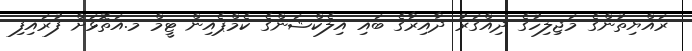
ރައްޔިތުންގެ މަޖިލިހުގެ ދިއްގަރު ދާއިރަާގެ ބައި އިލެކްޝަންގެ ކެމްޕެއިން ޓީމް މ.އަތޮޅަށް ފުރައިފި